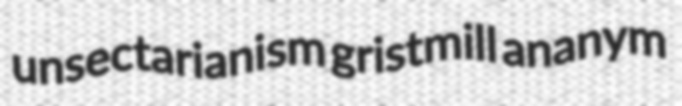
unsectarianism gristmill ananym